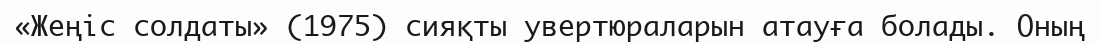
«Жеңіс солдаты» (1975) сияқты увертюраларын атауға болады. Оның